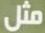
مثل